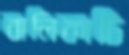
বালিকাটি